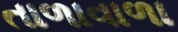
તાળાવાળા